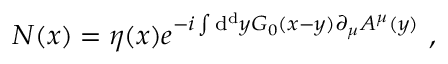
N ( x ) = \eta ( x ) e ^ { - i \int \mathrm { d } ^ { \mathrm { d } } y G _ { 0 } ( x - y ) \partial _ { \mu } A ^ { \mu } ( y ) } \ ,